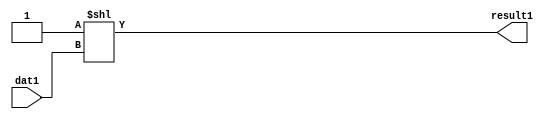
module Binary_to_onehot(dat1 , result1);
parameter wid=4;
parameter result_wid= 16;
input [wid-1:0] dat1;
output [result_wid -1:0] result1;
assign result1 = 1'b1<<dat1 ;
endmodule